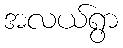
အလယ်ရွာ